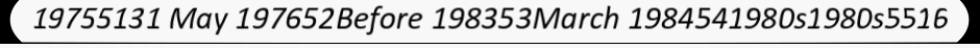
19755131 May 197652Before 198353March 1984541980s1980s5516